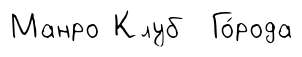
Манро Клуб Го́рода